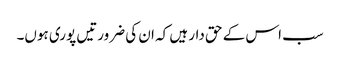
سب اس کے حق دار ہیں کہ ان کی ضرورتیں پوری ہوں۔